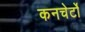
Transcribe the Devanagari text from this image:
कनचेर्टो